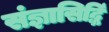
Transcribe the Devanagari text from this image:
संज्ञासिद्धिं